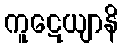
ကူဋေယျာနိ